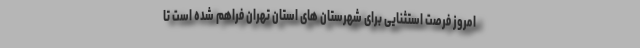
امروز فرصت استثنایی برای شهرستان های استان تهران فراهم شده است تا